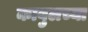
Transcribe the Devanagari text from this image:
काबुलच्या